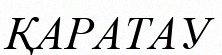
ҚАРАТАУ